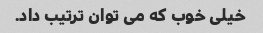
خیلی خوب که می توان ترتیب داد.